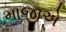
માજીએ